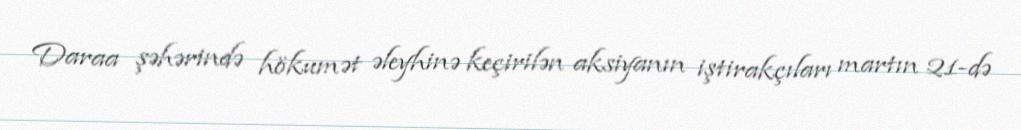
Daraa şəhərində hökumət əleyhinə keçirilən aksiyanın iştirakçıları martın 21-də